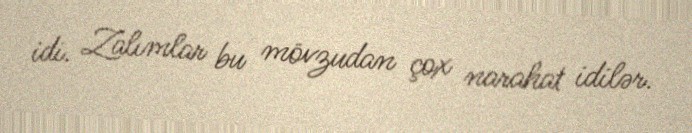
idi. Zalımlar bu mövzudan çox narahat idilər.